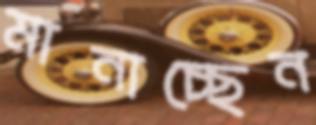
মানাচ্ছেন